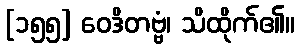
[၁၅၅] ဝေဒိတဗ္ဗံ၊ သိထိုက်၏။